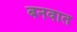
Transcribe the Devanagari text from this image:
बनवात